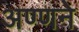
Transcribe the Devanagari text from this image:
अण्णने